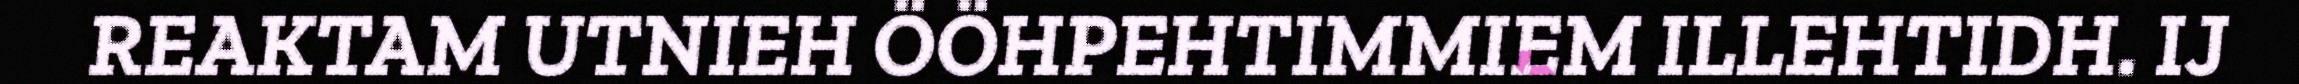
REAKTAM UTNIEH ÖÖHPEHTIMMIEM ILLEHTIDH. IJ